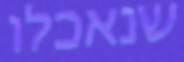
שנאכלו